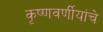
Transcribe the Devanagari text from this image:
कृष्णवर्णीयांचे